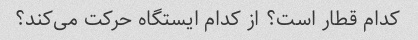
کدام قطار است؟ از کدام ایستگاه حرکت می‌کند؟